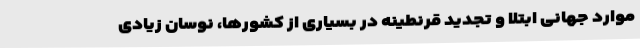
موارد جهانی ابتلا و تجدید قرنطینه در بسیاری از کشورها، نوسان زیادی